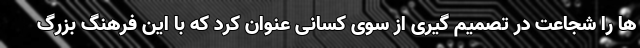
ها را شجاعت در تصمیم گیری از سوی کسانی عنوان کرد که با این فرهنگ بزرگ